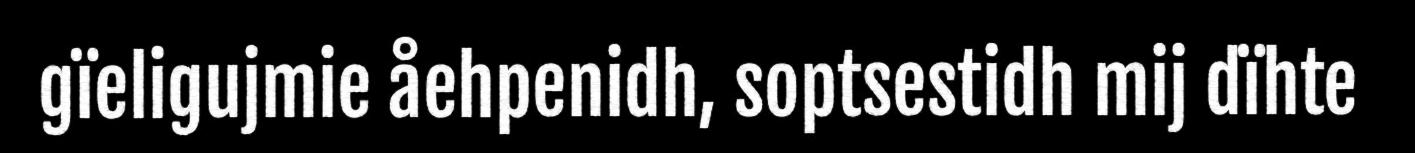
gïeligujmie åehpenidh, soptsestidh mij dïhte